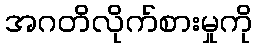
အဂတိလိုက်စားမှုကို